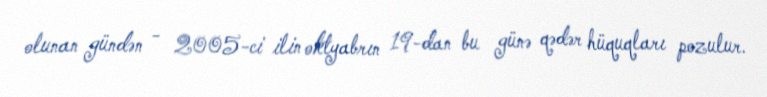
olunan gündən - 2005-ci ilin oktyabrın 19-dan bu günə qədər hüquqları pozulur.